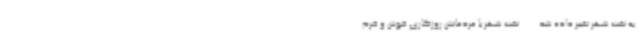
به نفت شهر تغییر داده شد... ...نفت شهر با مردمانش روزگاری خوش و خرم